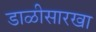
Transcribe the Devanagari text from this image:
डाळीसारखा